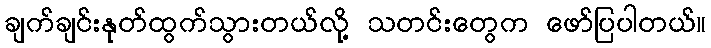
ချက်ချင်းနုတ်ထွက်သွားတယ်လို့ သတင်းတွေက ဖော်ပြပါတယ်။